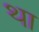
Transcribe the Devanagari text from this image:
था